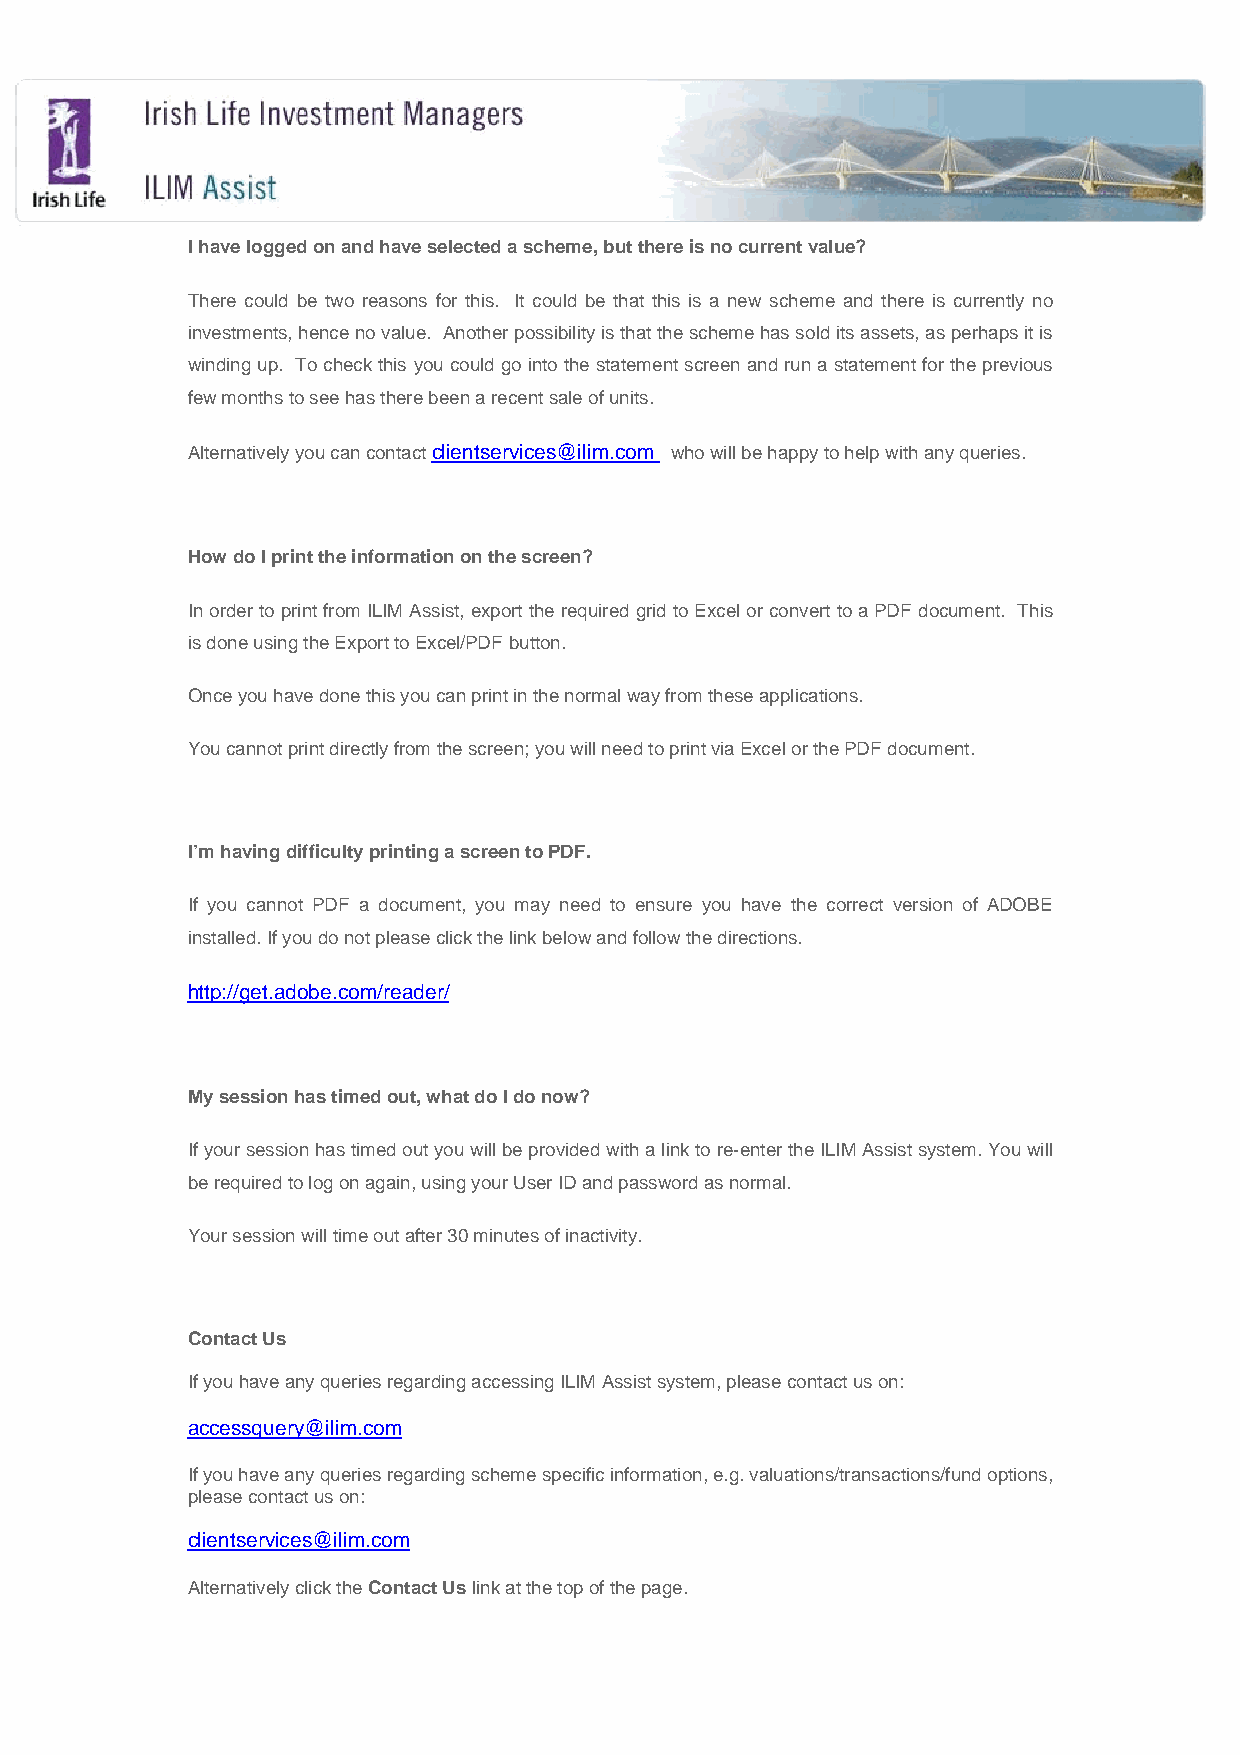
I have logged on and have selected a scheme, but there is no current value?
 There could be two reasons for this. It could be that this is a new scheme and there is currently no
 investments, hence no value. Another possibility is that the scheme has sold its assets, as perhaps it is
 winding up. To check this you could go into the statement screen and run a statement for the previous
 few months to see has there been a recent sale of units.
 Alternatively you can contact clientservices@ilim.com who will be happy to help with any queries.
 How do I print the information on the screen?
 In order to print from ILIM Assist, export the required grid to Excel or convert to a PDF document. This
 is done using the Export to Excel/PDF button.
 Once you have done this you can print in the normal way from these applications.
 You cannot print directly from the screen; you will need to print via Excel or the PDF document.
 I’m having difficulty printing a screen to PDF.
 If you cannot PDF a document, you may need to ensure you have the correct version of ADOBE
 installed. If you do not please click the link below and follow the directions.
 http://get.adobe.com/reader/
 My session has timed out, what do I do now?
 If your session has timed out you will be provided with a link to re-enter the ILIM Assist system. You will
 be required to log on again, using your User ID and password as normal.
 Your session will time out after 30 minutes of inactivity.
 Contact Us
 If you have any queries regarding accessing ILIM Assist system, please contact us on:
 accessquery@ilim.com
 If you have any queries regarding scheme specific information, e.g. valuations/transactions/fund options,
 please contact us on:
 clientservices@ilim.com
 Alternatively click the Contact Us link at the top of the page.